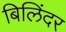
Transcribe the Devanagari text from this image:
बिलिंदर